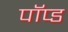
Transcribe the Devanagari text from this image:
पॉप्ड